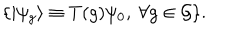
LaTeX: \{ | \psi _ { g } \rangle \equiv T ( g ) \psi _ { 0 } , \ \forall g \in { \cal G } \} .